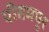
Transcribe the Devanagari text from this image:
पीतमपुर